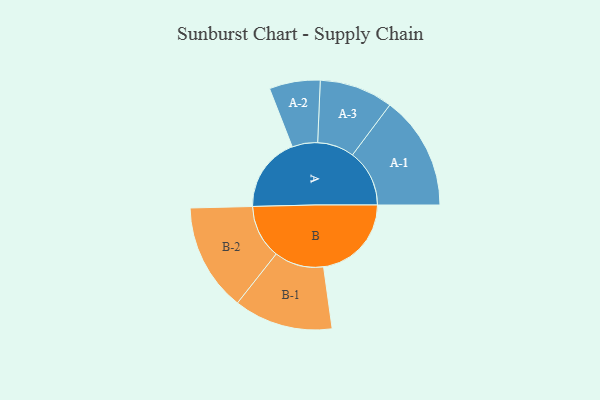
{"axis": {"x": "Segment", "y": "Value"}, "legend": ["", "A", "B"], "data": [{"x": "A", "y": 383, "type": ""}, {"x": "B", "y": 449, "type": ""}, {"x": "A-1", "y": 291, "type": "A"}, {"x": "A-2", "y": 130, "type": "A"}, {"x": "A-3", "y": 188, "type": "A"}, {"x": "B-1", "y": 253, "type": "B"}, {"x": "B-2", "y": 275, "type": "B"}]}